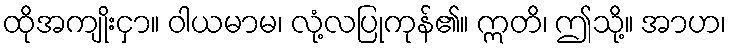
ထိုအကျိုးငှာ။ ဝါယမာမ၊ လုံ့လပြုကုန်၏။ ဣတိ၊ ဤသို့။ အာဟ၊